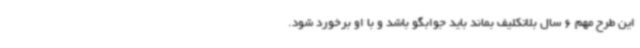
این طرح مهم 6 سال بلاتکلیف بماند باید جوابگو باشد و با او برخورد شود.